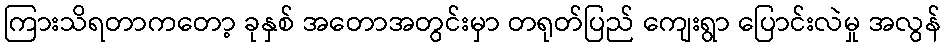
ကြားသိရတာကတော့ ခုနှစ် အတောအတွင်းမှာ တရုတ်ပြည် ကျေးရွာ ပြောင်းလဲမှု အလွန်